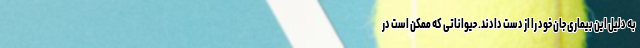
به دلیل این بیماری جان خود را از دست دادند. حیواناتی که ممکن است در